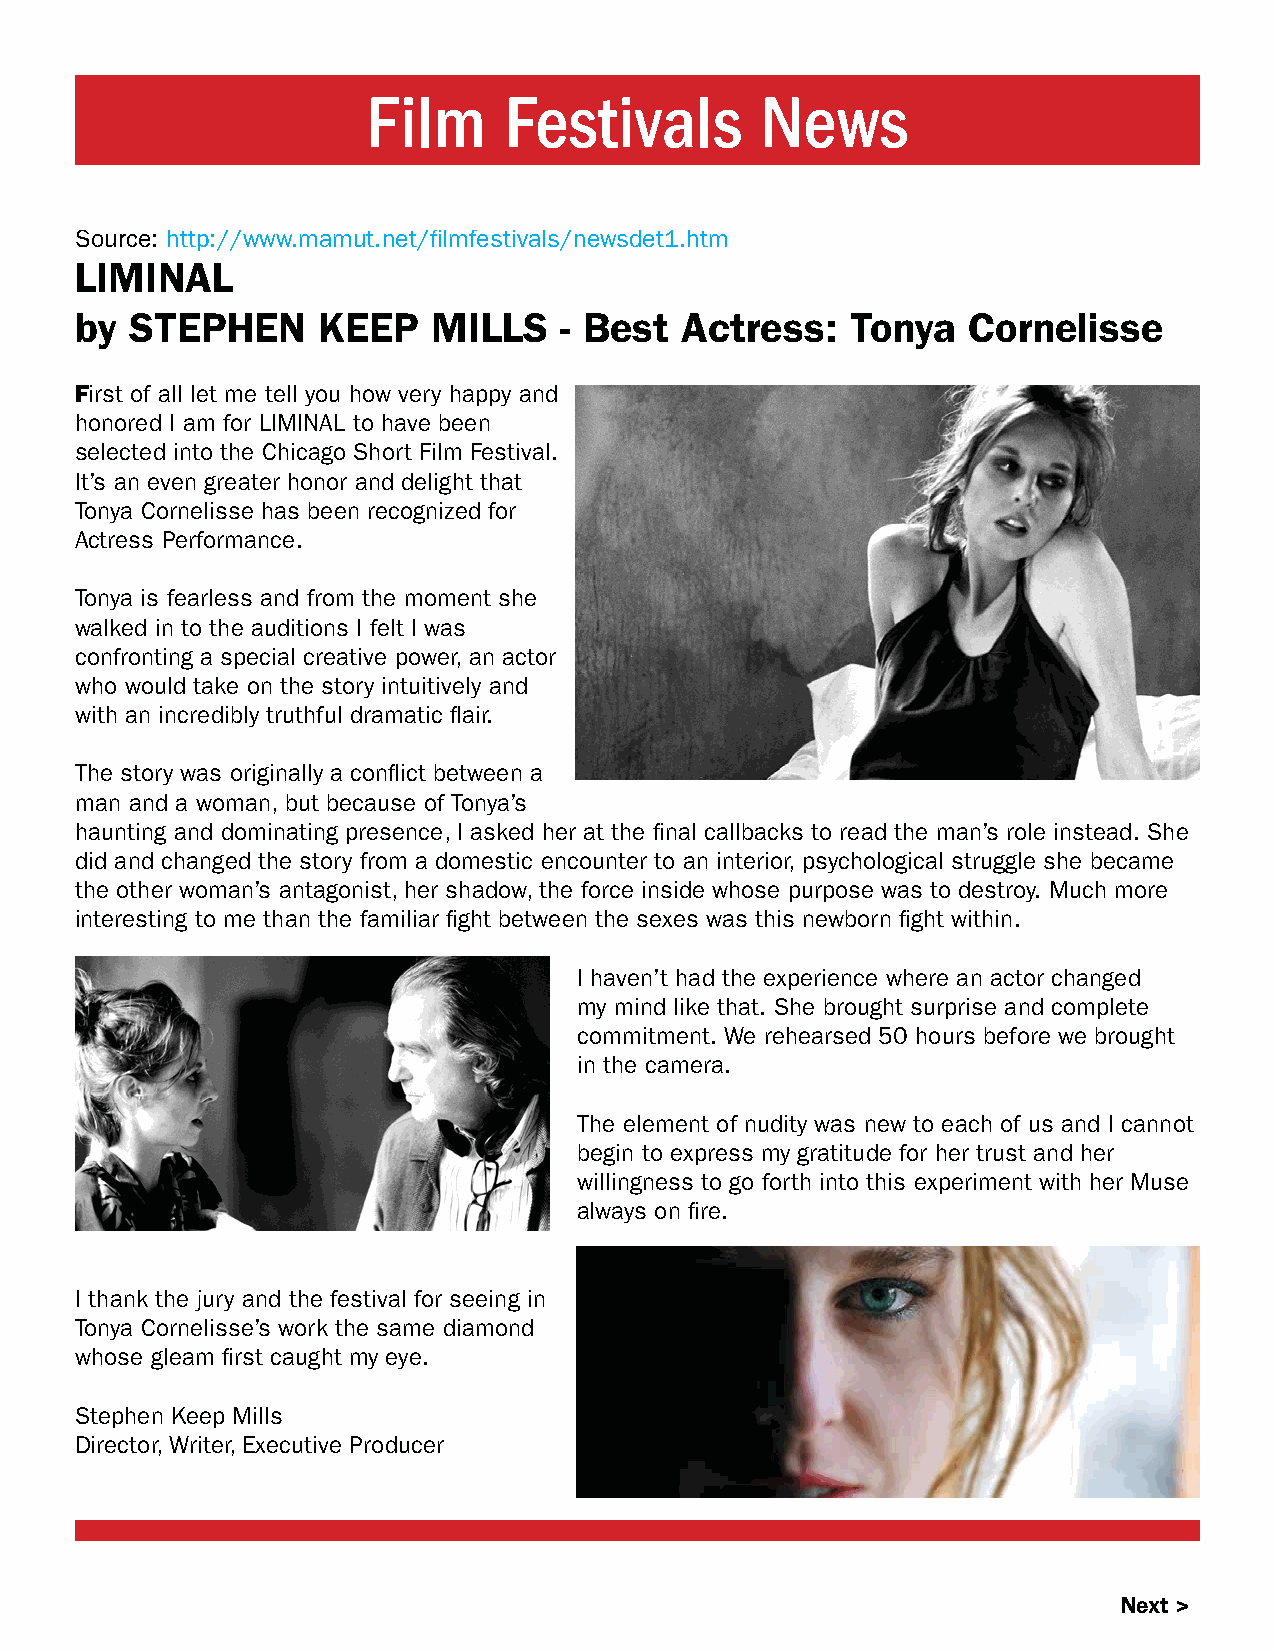
Film     Festivals        News
 Source: http://www.mamut.net/filmfestivals/newsdet1.htm
 LIMINAL
 by  STEPHEN     KEEP    MILLS   - Best  Actress:   Tonya   Cornelisse
 First of all let me tell you how very happy and
 honored I am for LIMINAL to have been
 selected into the Chicago Short Film Festival.
 It’s an even greater honor and delight that
 Tonya Cornelisse has been recognized for
 Actress Performance.
 Tonya is fearless and from the moment she
 walked in to the auditions I felt I was
 confronting a special creative power, an actor
 who would take on the story intuitively and
 with an incredibly truthful dramatic flair.
 The story was originally a conflict between a
 man and a woman, but because of Tonya’s
 haunting and dominating presence, I asked her at the final callbacks to read the man’s role instead. She
 did and changed the story from a domestic encounter to an interior, psychological struggle she became
 the other woman’s antagonist, her shadow, the force inside whose purpose was to destroy. Much more
 interesting to me than the familiar fight between the sexes was this newborn fight within.
 I haven’t had the experience where an actor changed
 my mind like that. She brought surprise and complete
 commitment. We rehearsed 50 hours before we brought
 in the camera.
 The element of nudity was new to each of us and I cannot
 begin to express my gratitude for her trust and her
 willingness to go forth into this experiment with her Muse
 always on fire.
 I thank the jury and the festival for seeing in
 Tonya Cornelisse’s work the same diamond
 whose gleam first caught my eye.
 Stephen Keep Mills
 Director, Writer, Executive Producer
 Next >